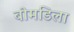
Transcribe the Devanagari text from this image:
बोमडिला